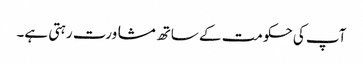
آپ کی حکومت کے ساتھ مشاورت رہتی ہے۔